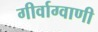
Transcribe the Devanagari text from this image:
गीर्वाग्वाणी